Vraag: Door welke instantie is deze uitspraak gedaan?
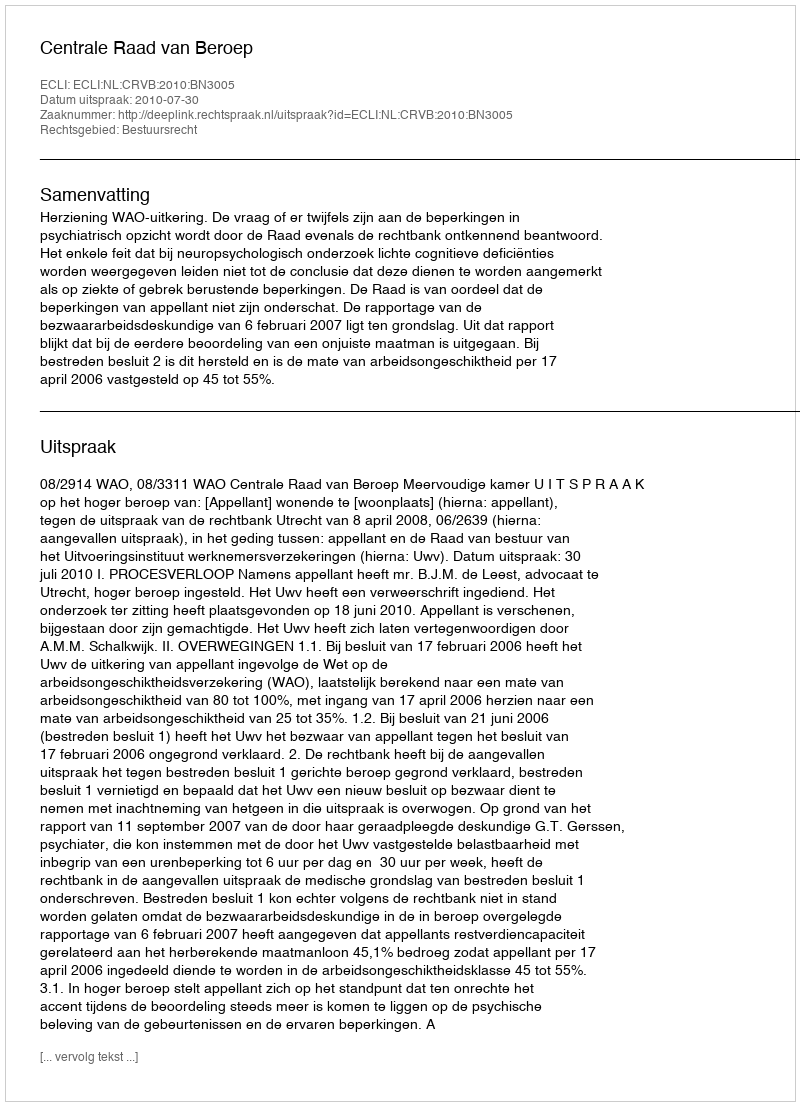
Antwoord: Centrale Raad van Beroep